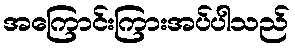
အကြောင်းကြားအပ်ပါသည်